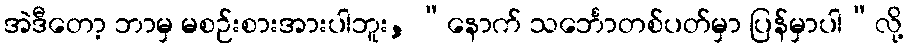
အဲဒီတော့ ဘာမှ မစဉ်းစားအားပါဘူး, “နောက် သင်္ဘောတစ်ပတ်မှာ ပြန်မှာပါ”လို့